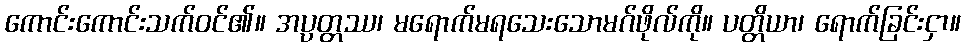
ကောင်းကောင်းသက်ဝင်၏။ အပ္ပတ္တဿ၊ မရောက်မရသေးသောမဂ်ဖိုလ်ကို။ ပတ္တိယာ၊ ရောက်ခြင်းငှာ။